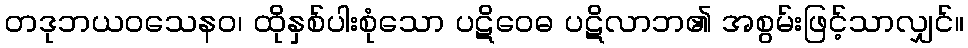
တဒုဘယဝသေနဝ၊ ထိုနှစ်ပါးစုံသော ပဋိဝေဓ ပဋိလာဘ၏ အစွမ်းဖြင့်သာလျှင်။